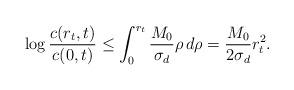
LaTeX: \begin{align*}\log \frac{c(r_{t},t)}{c(0,t)} \le \int_{0}^{r_{t}}\frac{M_{0}}{\sigma_{d}}\rho \,d\rho=\frac{M_{0}}{2\sigma_{d}}r_{t}^{2}.\end{align*}